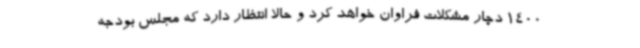
1400 دچار مشکلات فراوان خواهد کرد و حالا انتظار دارد که مجلس بودجه